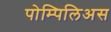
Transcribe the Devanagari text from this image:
पोम्पिलिअस